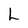
Character: L